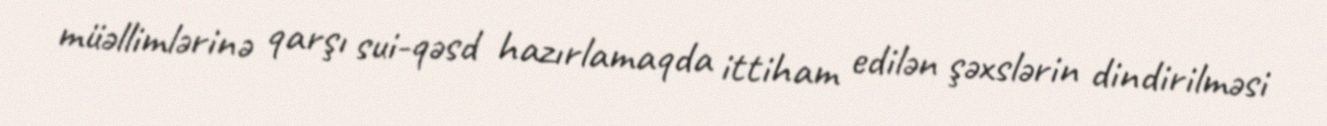
müəllimlərinə qarşı sui-qəsd hazırlamaqda ittiham edilən şəxslərin dindirilməsi